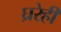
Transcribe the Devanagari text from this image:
घ्ररेही